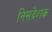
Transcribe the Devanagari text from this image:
निसदेशक